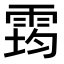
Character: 𩃇